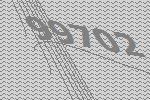
99702